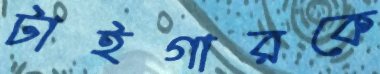
টাইগারকে